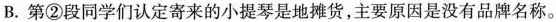
B. 第②段同学们认定寄来的小提琴是地摊货，主要原因是没有品牌名称。